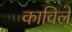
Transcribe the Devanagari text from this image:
काविले